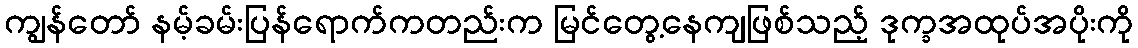
ကျွန်တော် နမ့်ခမ်းပြန်ရောက်ကတည်းက မြင်တွေ့နေကျဖြစ်သည့် ဒုက္ခအထုပ်အပိုးကို